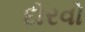
દોરવો